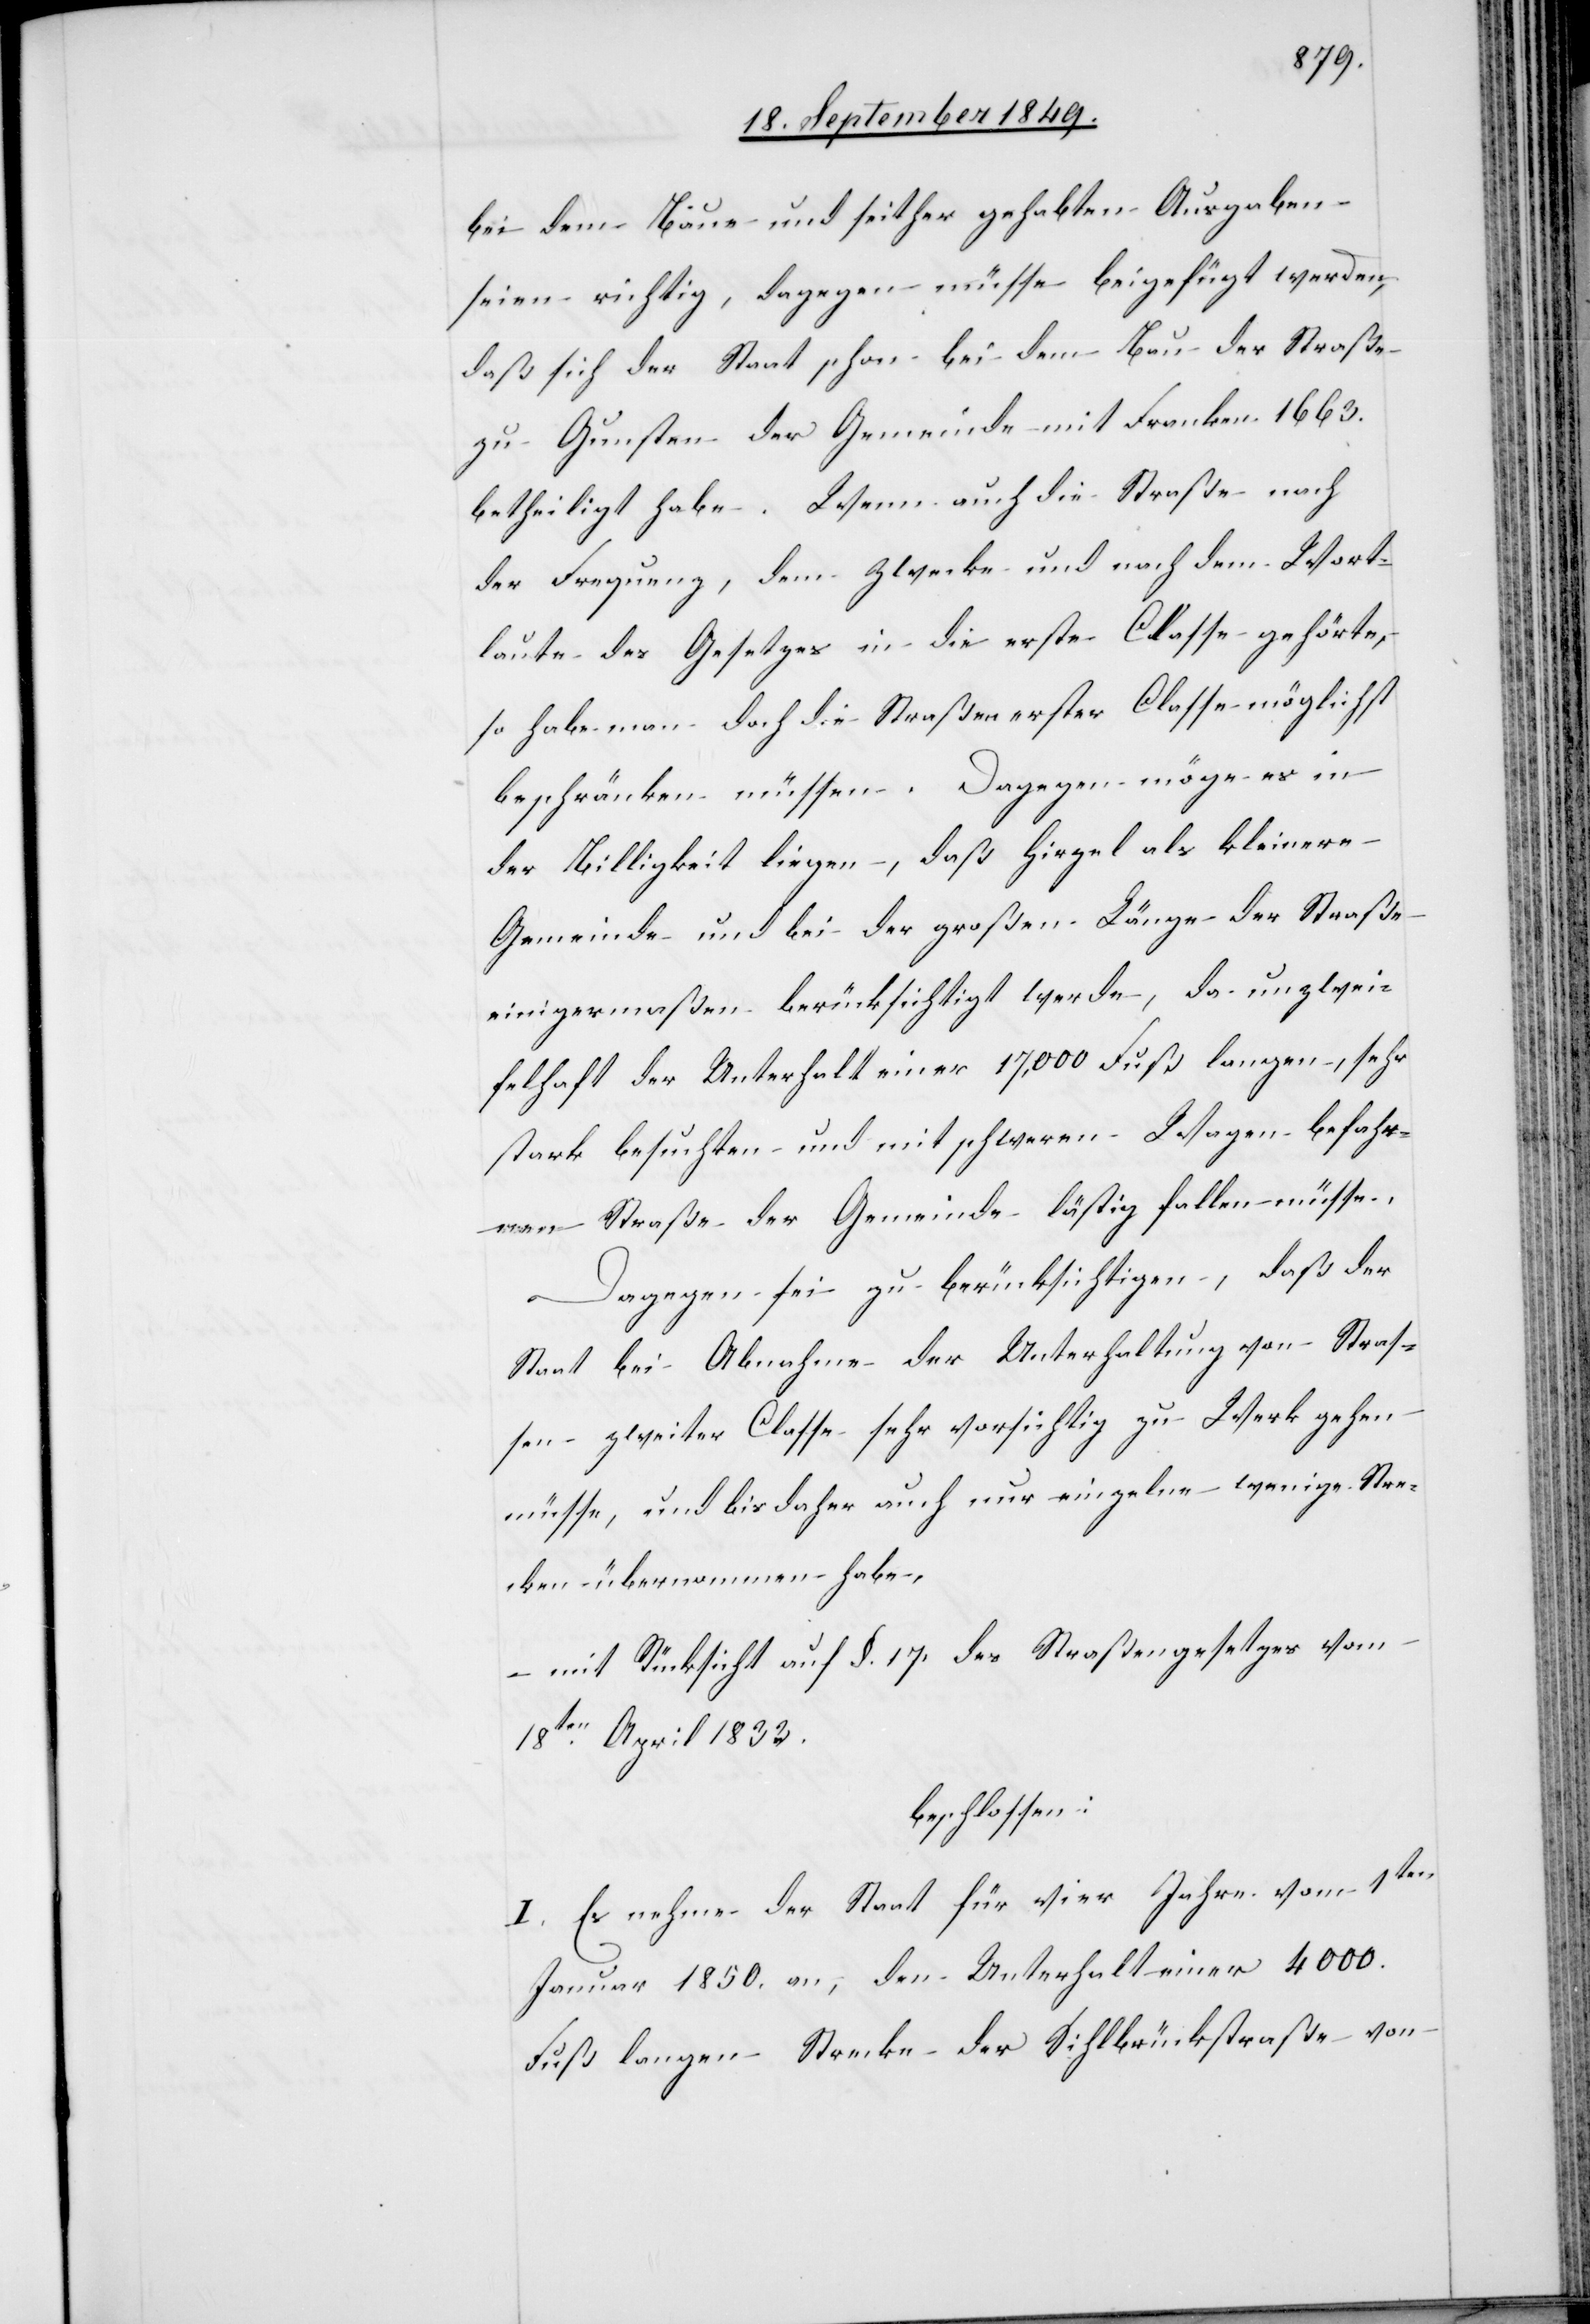
bei dem Baue und seither gehabten Ausgaben
seien richtig, dagegen müsse beigefügt werden,
daß sich der Staat schon bei dem Bau der Straße
zu Gunsten der Gemeinde mit Franken 1 663.
betheiligt habe. Wenn auch die Straße nach
der Frequenz, dem Zwecke und nach dem Wort¬
laute des Gesetzes in die erste Classe gehörte,
so habe man doch die Straßen erster Classe möglichst
beschränken müssen. Dagegen möge es in
der Billigkeit liegen, daß Hirzel als kleinere
Gemeinde und beider großen Länge der Straße
einigermaßen berücksichtigt werde, da unzwei¬
felhaft der Unterhalt einer 17,000. Fuß langen, sehr
stark besuchten und mit schweren Wagen befahr¬
enen Straße der Gemeinde lästig fallen müsse.
Dagegen sei zu berücksichtigen, daß der
Staat bei Abnahme der Unterhaltung von Stras¬
sen zweiter Classe sehr vorsichtig zu Werk gehen
müsse, und bis daher auch nur einzelne wenige Stre¬
cken übernommen habe.
mit Rücksicht auf §. 17. des Straßengesetzes vom
18ten April 1833.
beschlossen:
I. Es nehme der Staat für vier Jahre vom 1ten
Januar 1850. an, den Unterhalt einer 4 000.
Fuß langen Strecke der Sihlbrückstraße von